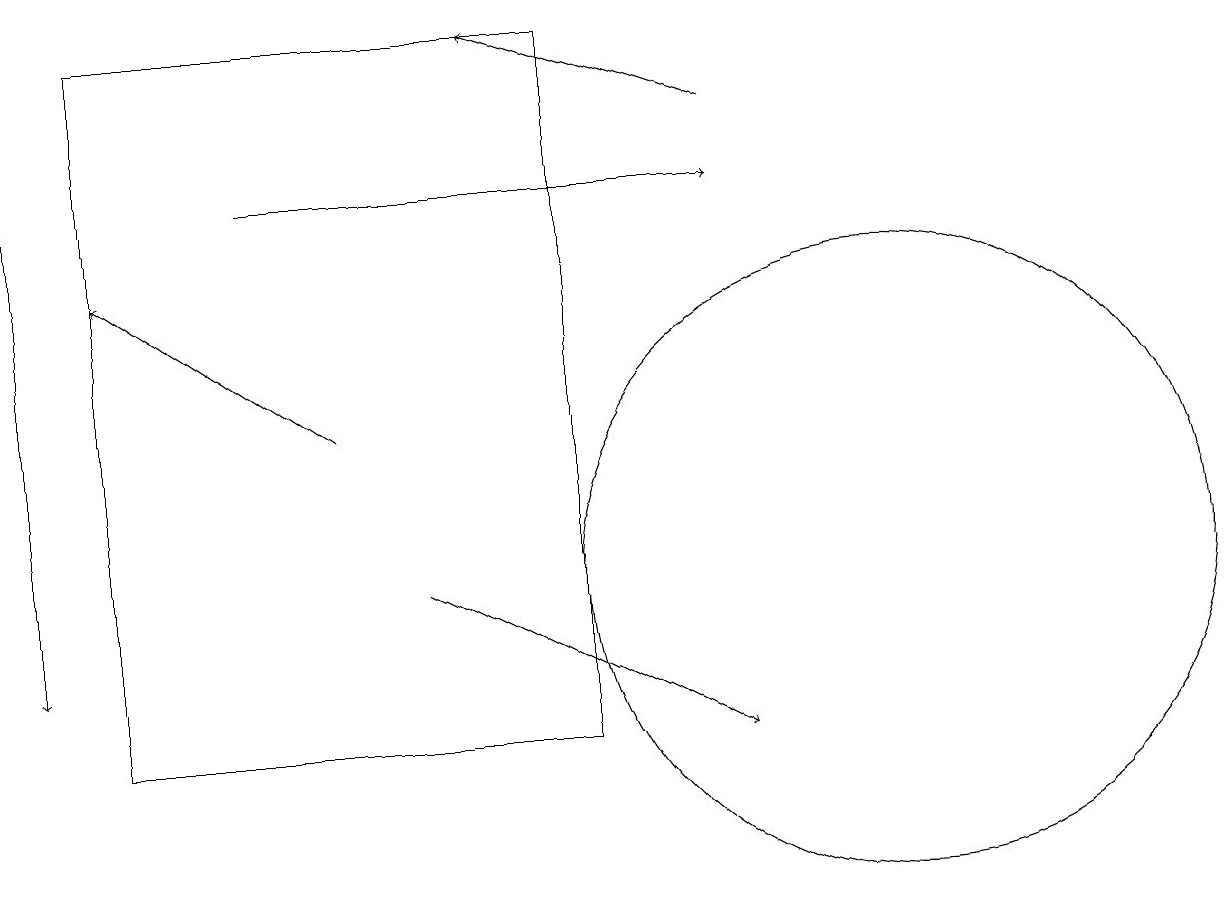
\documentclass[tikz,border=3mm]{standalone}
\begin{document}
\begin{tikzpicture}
\draw (10,11) circle (0);
\draw[->] (9,18) -- (6,19);
\draw[->] (3,17) -- (9,17);
\draw[->] (4,14) -- (1,16);
\draw[->] (5,12) -- (9,10);
\draw (11,12) circle (4);
\draw (7,10) rectangle (1,19);
\draw[->] (0,17) -- (0,11);
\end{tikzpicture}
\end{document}